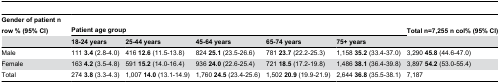
<table><thead><tr><td><b>Gender of patient n row % (95% CI)</b></td><td colspan="5"><b>Patient age group</b></td><td><b>Total n=7,255 n col% (95% CI)</b></td></tr><tr><td></td><td><b>18-24 years</b></td><td><b>25-44 years</b></td><td><b>45-64 years</b></td><td><b>65-74 years</b></td><td><b>75+ years</b></td><td></td></tr></thead><tbody><tr><td>Male </td><td>111 <b>3.4</b> (2.8-4.0)</td><td>416 <b>12.6</b> (11.5-13.8)</td><td>824 <b>25.1</b> (23.5-26.6)</td><td>781 <b>23.7</b> (22.2-25.3)</td><td>1,158 <b>35.2</b> (33.4-37.0)</td><td>3,290 <b>45.8</b> (44.6-47.0)</td></tr><tr><td>Female </td><td>163 <b>4.2</b> (3.5-4.8)</td><td>591 <b>15.2</b> (14.0-16.4)</td><td>936 <b>24.0</b> (22.6-25.4)</td><td>721 <b>18.5</b> (17.2-19.8)</td><td>1,486 <b>38.1</b> (36.4-39.8)</td><td>3,897 <b>54.2</b> (53.0-55.4)</td></tr><tr><td>Total </td><td>274 <b>3.8</b> (3.3-4.3)</td><td>1,007 <b>14.0</b> (13.1-14.9)</td><td>1,760 <b>24.5</b> (23.4-25.6)</td><td>1,502 <b>20.9</b> (19.9-21.9)</td><td>2,644 <b>36.8</b> (35.5-38.1)</td><td>7,187</td></tr></tbody></table>